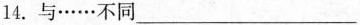
14.与……不同___